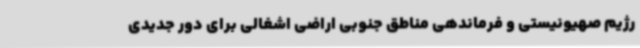
رژیم صهیونیستی و فرماندهی مناطق جنوبی اراضی اشغالی برای دور جدیدی